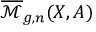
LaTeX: { \overline { { \mathcal { M } } } } _ { g , n } ( X , A )